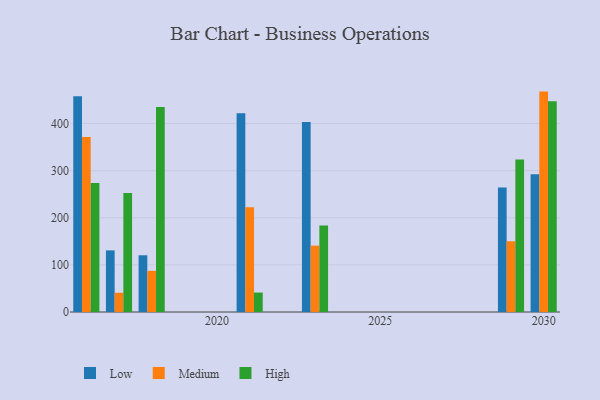
{"axis": {"x": "Year", "y": "Satisfaction Score"}, "legend": ["High", "Low", "Medium"], "data": [{"x": "2023", "y": 403.6, "type": "Low"}, {"x": "2023", "y": 140.9, "type": "Medium"}, {"x": "2023", "y": 183.5, "type": "High"}, {"x": "2017", "y": 130.8, "type": "Low"}, {"x": "2017", "y": 40.9, "type": "Medium"}, {"x": "2017", "y": 252.5, "type": "High"}, {"x": "2018", "y": 120.4, "type": "Low"}, {"x": "2018", "y": 87.4, "type": "Medium"}, {"x": "2018", "y": 435.2, "type": "High"}, {"x": "2016", "y": 458.0, "type": "Low"}, {"x": "2016", "y": 371.3, "type": "Medium"}, {"x": "2016", "y": 273.9, "type": "High"}, {"x": "2030", "y": 292.2, "type": "Low"}, {"x": "2030", "y": 467.9, "type": "Medium"}, {"x": "2030", "y": 447.2, "type": "High"}, {"x": "2029", "y": 264.1, "type": "Low"}, {"x": "2029", "y": 150.2, "type": "Medium"}, {"x": "2029", "y": 323.7, "type": "High"}, {"x": "2021", "y": 422.0, "type": "Low"}, {"x": "2021", "y": 222.6, "type": "Medium"}, {"x": "2021", "y": 41.3, "type": "High"}]}